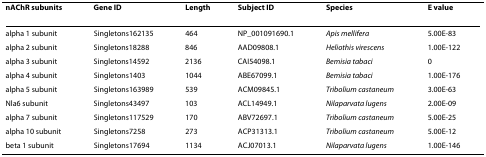
| nAChR subunits | Gene ID | Length | Subject ID | Species | E value |
 | --- | --- | --- | --- | --- | --- |
 | alpha 1 subunit | Singletons162135 | 464 | NP_001091690.1 | Apis mellifera | 5.00E-83 |
 | alpha 2 subunit | Singletons18288 | 846 | AAD09808.1 | Heliothis virescens | 1.00E-122 |
 | alpha 3 subunit | Singletons14592 | 2136 | CAI54098.1 | Bemisia tabaci | 0 |
 | alpha 4 subunit | Singletons1403 | 1044 | ABE67099.1 | Bemisia tabaci | 1.00E-176 |
 | alpha 5 subunit | Singletons163989 | 539 | ACM09845.1 | Tribolium castaneum | 3.00E-63 |
 | Nla6 subunit | Singletons43497 | 103 | ACL14949.1 | Nilaparvata lugens | 2.00E-09 |
 | alpha 7 subunit | Singletons117529 | 170 | ABV72697.1 | Tribolium castaneum | 5.00E-25 |
 | alpha 10 subunit | Singletons7258 | 273 | ACP31313.1 | Tribolium castaneum | 5.00E-12 |
 | beta 1 subunit | Singletons17694 | 1134 | ACJ07013.1 | Nilaparvata lugens | 1.00E-146 |